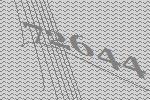
72644